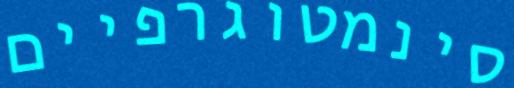
סינמטוגרפיים